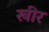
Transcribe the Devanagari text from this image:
खीर